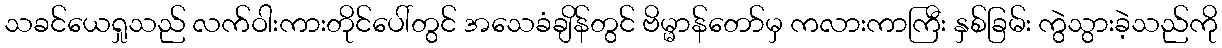
သခင်ယေရှုသည် လက်ဝါးကားတိုင်ပေါ်တွင် အသေခံချိန်တွင် ဗိမ္မာန်တော်မှ ကလားကာကြီး နှစ်ခြမ်း ကွဲသွားခဲ့သည်ကို